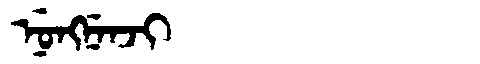
Manchu: ᠨᡠᠩᠨᡝᠨᠵᡳ
Romanization: NUNGNENJI